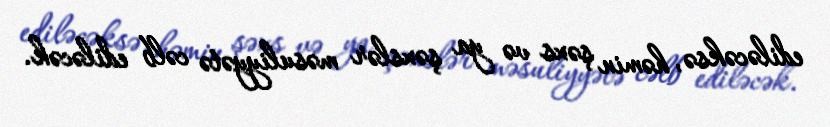
ediləcəksə, həmin şəxs və ya şəxslər məsuliyyətə cəlb ediləcək.